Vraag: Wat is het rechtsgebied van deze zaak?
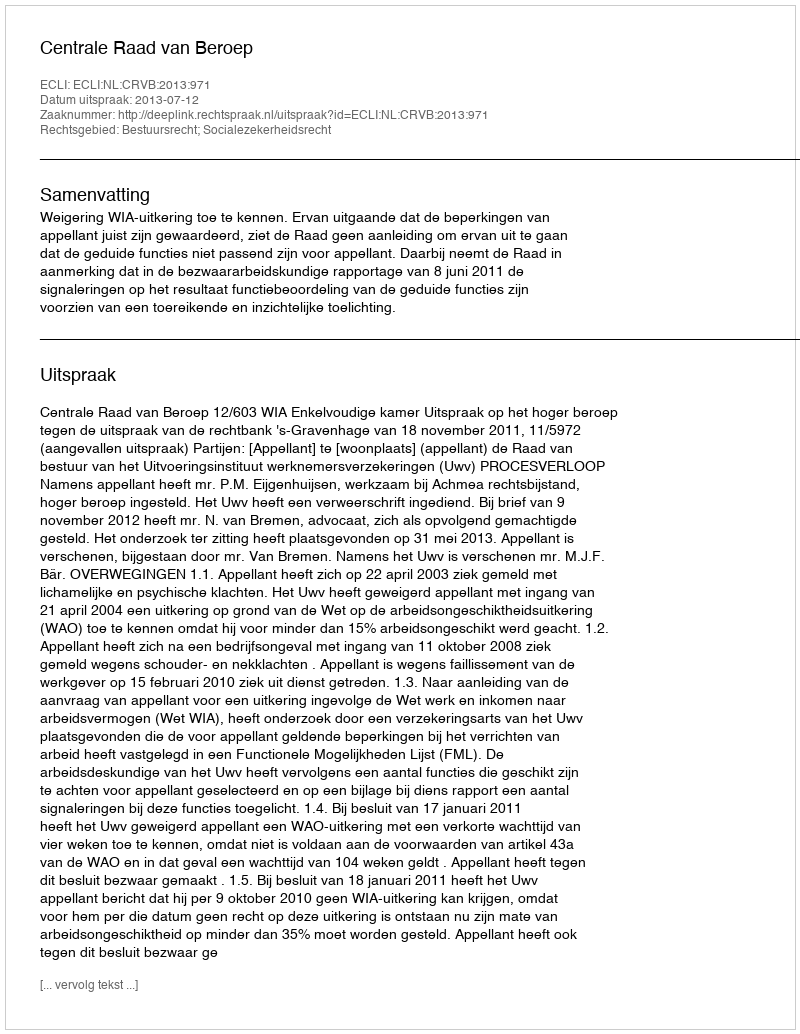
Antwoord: Bestuursrecht; Socialezekerheidsrecht